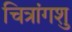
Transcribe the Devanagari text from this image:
चित्रांगशु